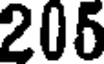
205